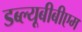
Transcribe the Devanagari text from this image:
डब्ल्यूबीबीएम